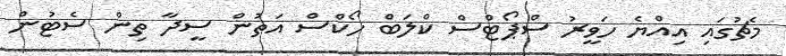
މެޗުގައި އިއްޔެ ހަވީރު ސްޕޯޓްސް ކްލަބް ހޯކްސް އަތުން ސީދާ ތިން ސެޓުން